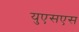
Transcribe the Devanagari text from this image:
युएसएस